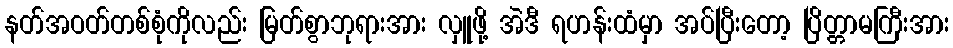
နတ်အဝတ်တစ်စုံကိုလည်း မြတ်စွာဘုရားအား လှူဖို့ အဲဒီ ရဟန်းထံမှာ အပ်ပြီးတော့ ပြိတ္တာမကြီးအား